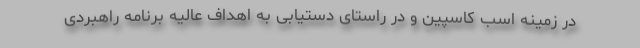
در زمینه اسب کاسپین و در راستای دستیابی به اهداف عالیه برنامه راهبردی